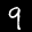
Label: 9